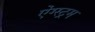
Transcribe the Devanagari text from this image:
ऐंग्स्ट्रम